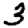
Digit: 3